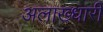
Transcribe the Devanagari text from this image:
अलाख्धारी